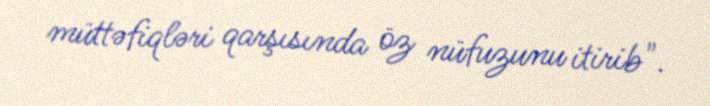
müttəfiqləri qarşısında öz nüfuzunu itirib".